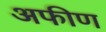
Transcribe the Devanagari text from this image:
अफीण